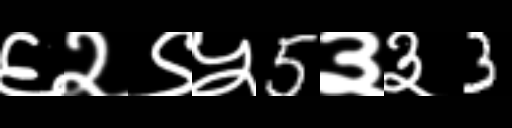
Text: ६२९५5३३3